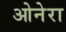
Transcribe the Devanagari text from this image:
ओनेरा